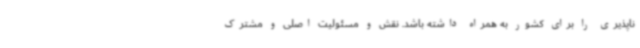
ناپذیری را برای کشور به همراه داشته باشد. نقش و مسئولیت اصلی و مشترک